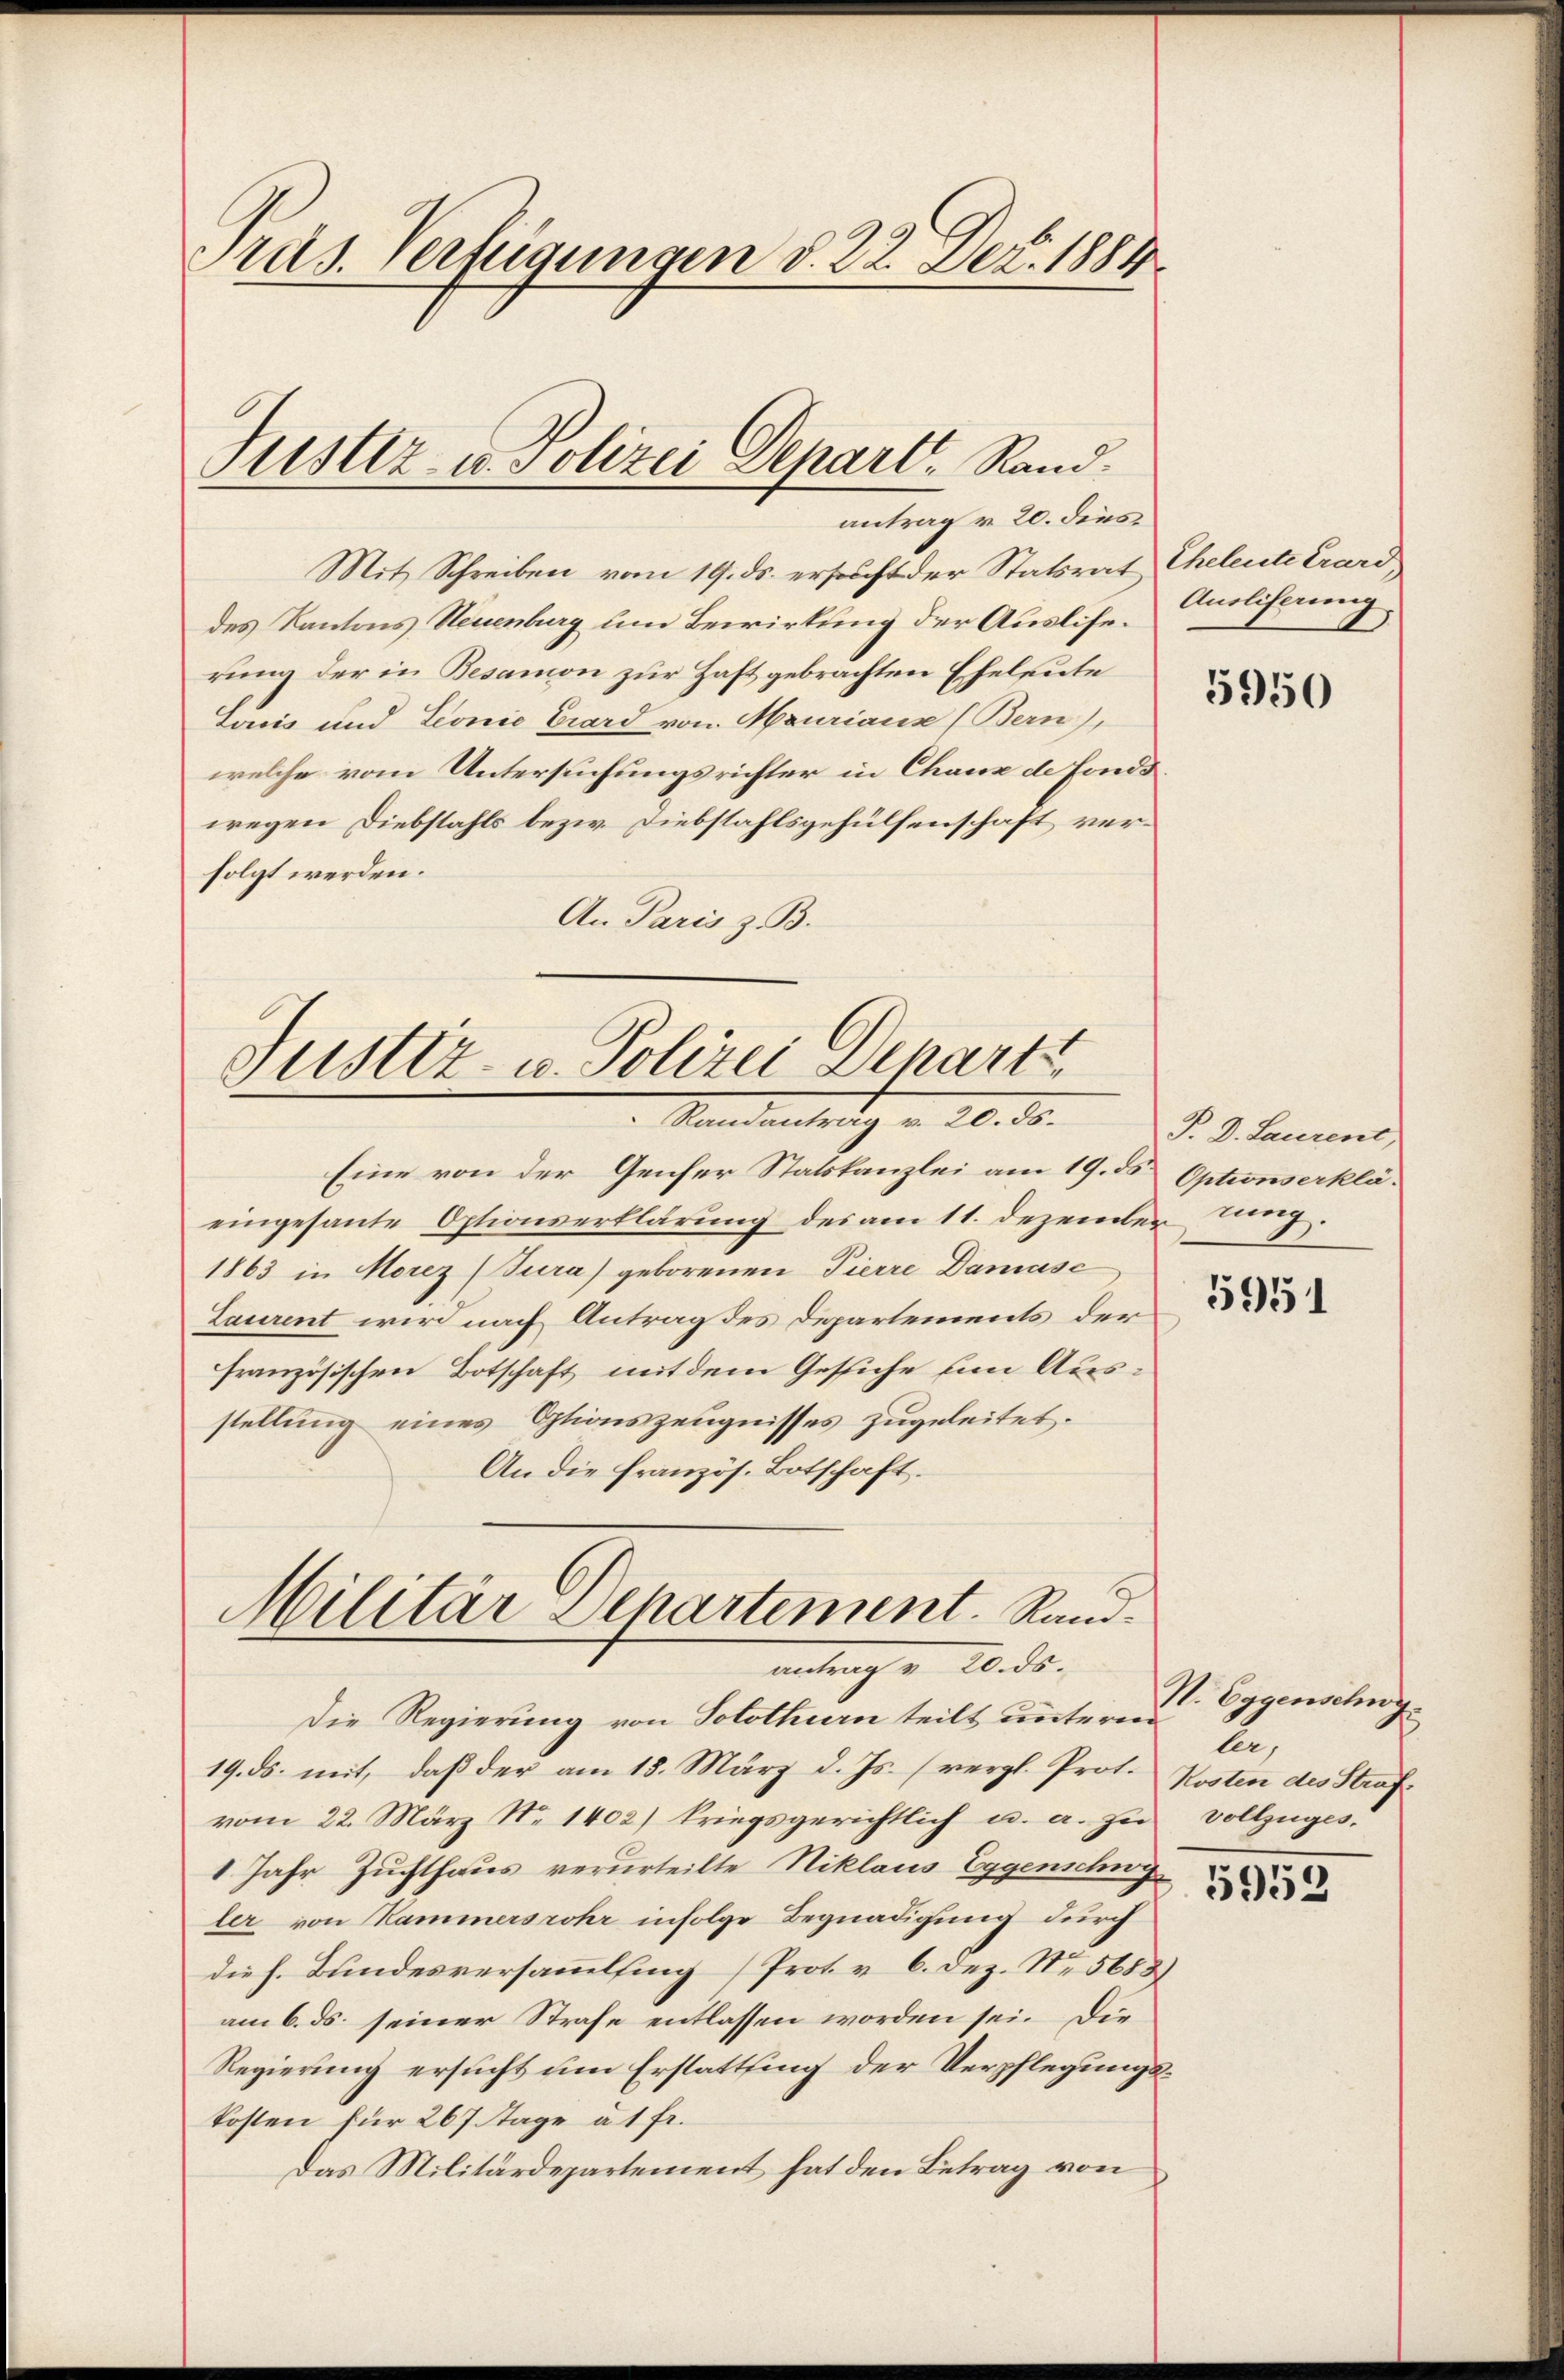
Präs. Verfügungen d. 22. Dez. 1884

Justiz- u. Polizei Depart. Rand.
antrag v. 20. dies

Mit Schreiben vom 19. ds. ersucht der Statsrat Eheleute Crard,
des Kantons Neuenburg um Bewirkung der Ausliserung der in Besamon zur Haft gebrachten Eheleute
Louis und Leonie Grard von Mauriaux (Bern),
welche vom Untersuchungsrichter in Chaux de Fondswegen Diebstahls bezw. Diebstahlsgehülfenschaft verfolgt werden.
An Paris z. B.

Justiz- u. Polizei Depart
Mandanterding v. 20. ds.

Eine von der Genfer Statskanzlei am 19. ds Optionserkläeingesante Optionserklärung des am 11. dezember tung.
1863 in Morez (Tura) geborenen Pierre Damasc
Laurent wird nach Antrag des Departements der
französischen Botschaft mit dem Gesuche um Ausstellung eines Otionszeugnisses zugeleitet.
An die französ. Botschaft.

Militär Departement. Sandantrag v. 20. ds.

Die Regierung von Solothur teilt unterni
19. ds. mit, daß der am 18. März d. Js. (vergl. Prot. Kosten des Strafvom 22. März Nr. 1402) kriegsgerichtlich u. a. zu vollzuges
1 Jahr Zuchthaus verurteilte Niklaus Eggenschug
ler von Kammersrohr infolge Begnadigung durch
die h. Bundesversammelfing (Prot v. 6. Dez. Nr. 5683
am 6. ds. seiner Strafe entlassen worden sei. Die
Regierung ersucht um Erstattung der Verpflegungskosten für 267 Tage à 1 Fr.
Das Militärdepartement hat den Betrag von

Anoliferung

5950

P. D. Laurent,

5951

N. Eggenschng
ler,

5953